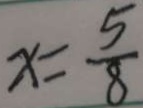
x = \frac { 5 } { 8 }